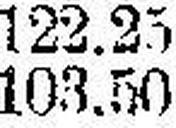
103.50